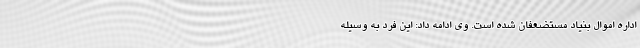
اداره اموال بنیاد مستضعفان شده است. وی ادامه داد: این فرد به وسیله